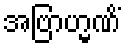
အဗြာဟ္မဏိံ